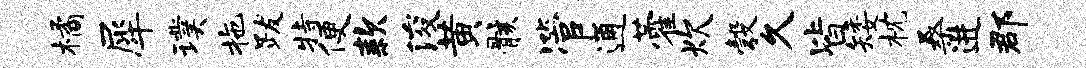
橘犀璞拖跋特便款浚黄骸管通藿炊彀久皆矮枕桑进郡